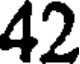
42